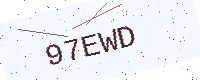
Text: 97EWD